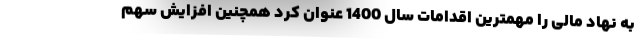
به نهاد مالی را مهمترین اقدامات سال 1400 عنوان کرد همچنین افزایش سهم